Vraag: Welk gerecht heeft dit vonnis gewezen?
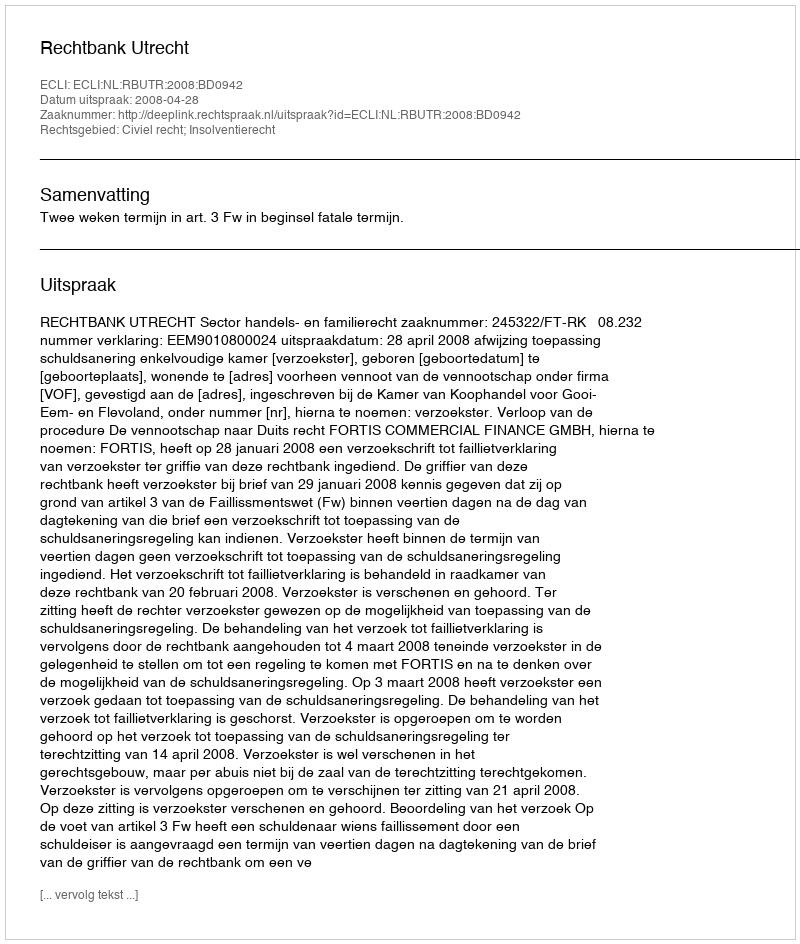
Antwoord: Rechtbank Utrecht